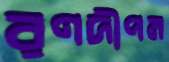
রণদীপম